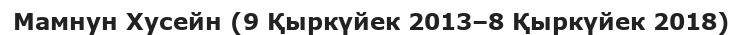
Мамнун Хусейн (9 Қыркүйек 2013–8 Қыркүйек 2018)